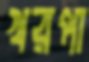
খরপা